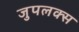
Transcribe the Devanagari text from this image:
जुपलक्स